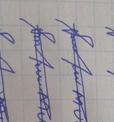
Signature authenticity: forged